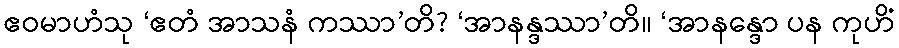
ဧဝမာဟံသု ‘ဧတံ အာသနံ ကဿာ’တိ? ‘အာနန္ဒဿာ’တိ။ ‘အာနန္ဒော ပန ကုဟိံ